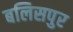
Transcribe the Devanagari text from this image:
बलिसपुर